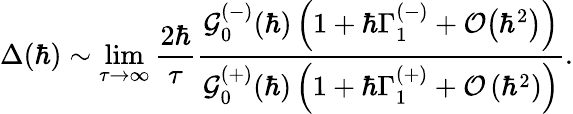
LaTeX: \Delta(\hbar)\sim\operatorname*{lim}_{\tau\to\infty}\frac{2\hbar}{\tau}\frac{\mathcal{G}_{0}^{(-)}(\hbar)\left(1+\hbar\Gamma_{1}^{(-)}+\mathcal{O}\big(\hbar^{2}\big)\right)}{\mathcal{G}_{0}^{(+)}(\hbar)\left(1+\hbar\Gamma_{1}^{(+)}+\mathcal{O}\left(\hbar^{2}\right)\right)}.